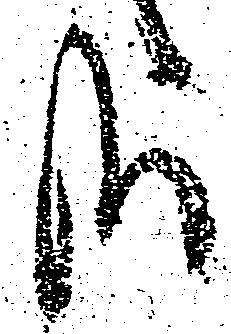
哉